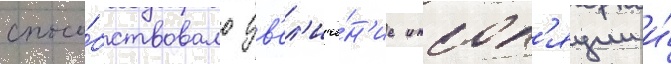
спосо́бствовало ув'ел'иче́н'ие инсол'яции и́